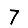
Digit: 7